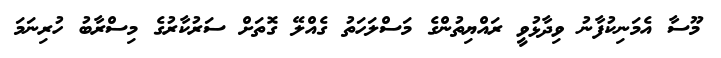
މޫސާ އެމަނިކުފާނު ވިދާޅުވީ ރައްޔިތުންގެ މަސްލަހަތު ގެއްލޭ ގޮތަށް ސަރުކާރުގެ މިސްރާބު ހުރިނަމަ